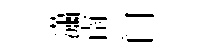
瀟南门